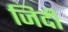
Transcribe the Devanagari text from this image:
जिर्दी